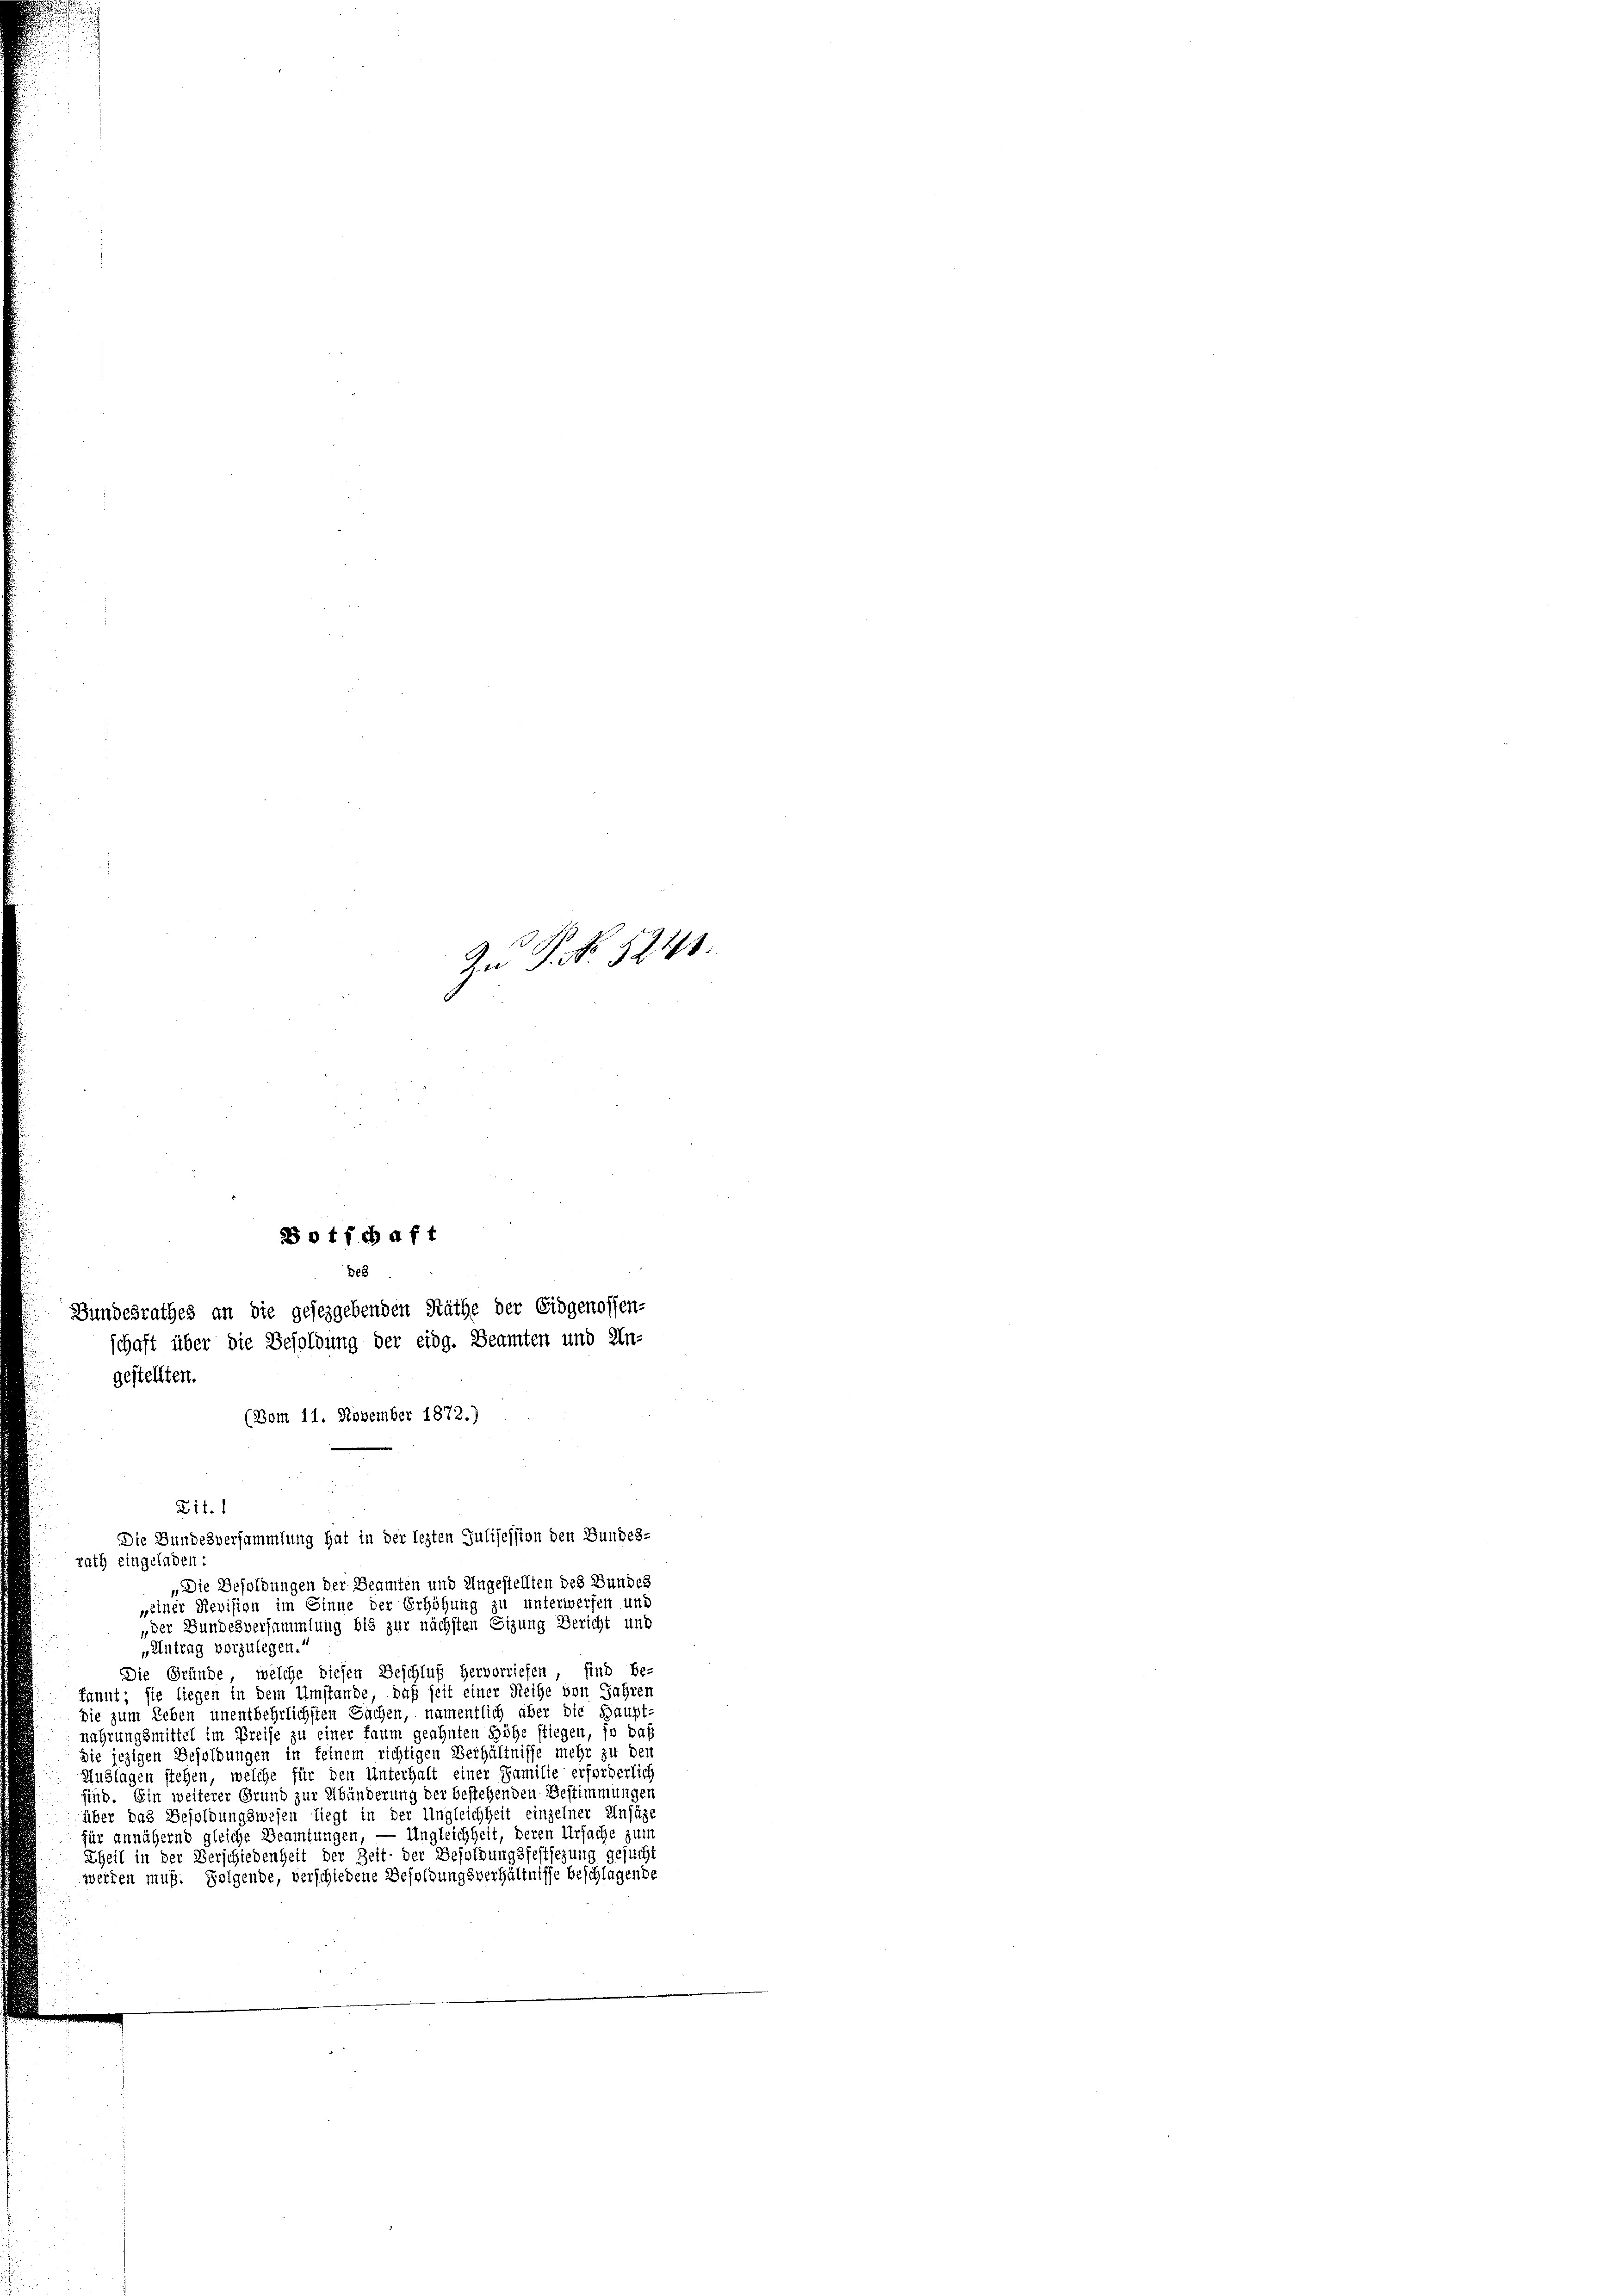
(Bom 11. November 1872.)

In P. No 524.

B o t fchaft
De3
Bundesrathes an die gesezgebenden Räthe der Eidgenossen-
schaft über die Besoldung der eidg. Beamten und Un-
gestellten.

211.

Die Bundesversammlung hat in der lezten Julijession den Bundes-
rath eingeladen:
„Die Besoldungen der Beamten und Ungestellten des Bundes
„einer Revision im Sinne der Erhöhung zu unterwerfen und
„der Bundesversammlung bis zur nächsten Sizung Bericht und
„Antrag vorzulegen.“
Die Gründe, welche diesen Beschluß hervorriefen, sind be-
kannt; sie liegen in dem Umstände, daß seit einer Reihe von Jahren
die zum Leben unentbehrlichsten Sachen, namentlich über die Haupt-
nahrungsmittel im Preise zu einer kaum geahnten Höhe stiegen, so daß
die jezigen Besoldungen in feinem richtigen Verhältnisse mehr zu den
Auslagen stehen, welche für den Unterhalt einer Familie erforderlich
sind. Ein weiterer Grund zur Abänderung der bestehenden Bestimmungen
über das Besoldungswesen liegt in der Ungleichheit einzelner Unsäze
für annähernd gleiche Beamtungen, — Ungleichheit, deren Ursache zum
Theil in der Verschiedenheit der Zeit der Besoldungsfestsezung gesucht
werten muß. Folgende, verschiedene Besoldungsverhältnisse beschlagende